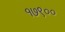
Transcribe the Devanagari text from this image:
१७९००